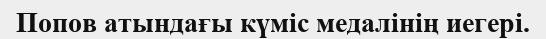
Попов атындағы күміс медалінің иегері.